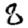
Digit: 8